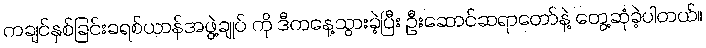
ကချင်နှစ်ခြင်းခရစ်ယာန်အဖွဲ့ချုပ် ကို ဒီကနေ့သွားခဲ့ပြီး ဦးဆောင်ဆရာတော်နဲ့ တွေ့ဆုံခဲ့ပါတယ်။